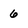
Character: 6